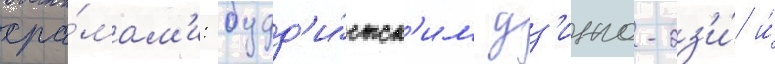
хра́мам'и: будд'и́стск'им дз'инго-дз'и́ и́